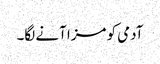
آدمی کو مزا آنے لگا۔